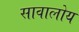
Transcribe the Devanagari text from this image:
सावालोय